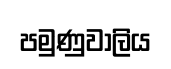
පමුණුවාලිය